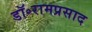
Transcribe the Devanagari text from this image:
डॉ॰रामप्रसाद